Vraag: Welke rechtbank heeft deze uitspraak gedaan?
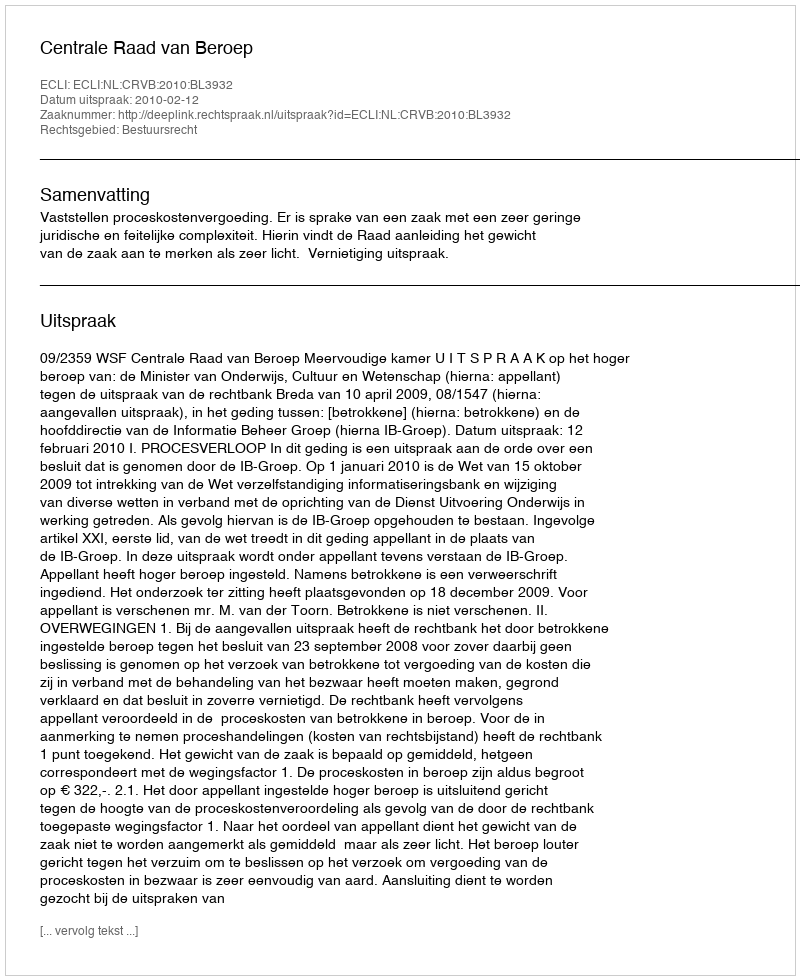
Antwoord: Centrale Raad van Beroep